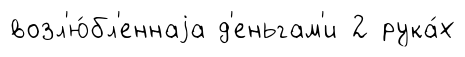
возл'ю́бл'еннаjа д'еньгам'и 2 рука́х